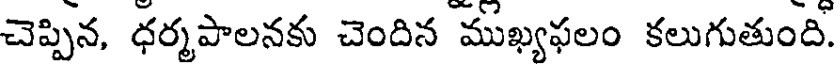
చెప్పిన, ధర్మపాలనకు చెందిన ముఖ్యఫలం కలుగుతుంది.